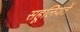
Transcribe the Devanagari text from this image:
सहूलियतें